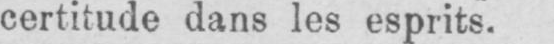
certitude dans les esprits.